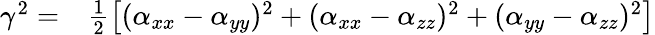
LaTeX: \begin{array}{rl}{\gamma^{2}=}&{{}\frac{1}{2}\big[(\alpha_{xx}-\alpha_{yy})^{2}+(\alpha_{xx}-\alpha_{zz})^{2}+(\alpha_{yy}-\alpha_{zz})^{2}\big]}\end{array}